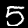
Label: 5